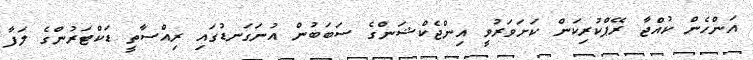
އަންހެން ކުއްޖާ ރޭޕްކުރިކަން ކަށަވަރުވީ އިންޖެކްޝަންގެ ސަބަބުން އުނަގަނޑުގައި ރިއްސާތީ ޑަކްޓަރުންގެ ލަފާ